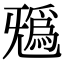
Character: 𣄺